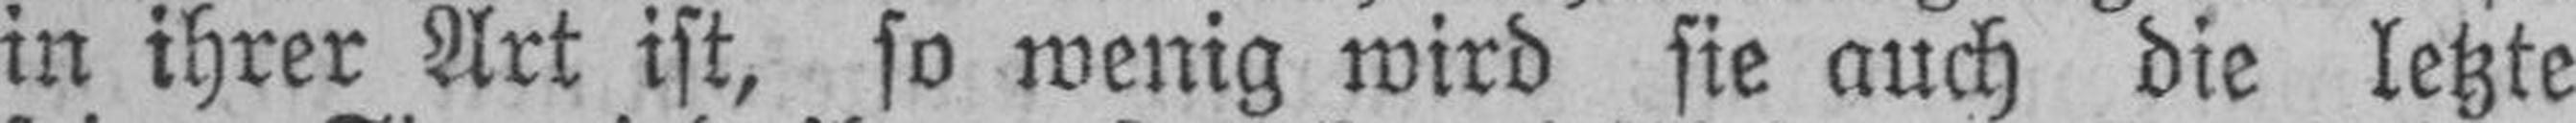
in ihrer Art ist, so wenig wird sie auch die letzte